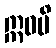
ဣဓပိ